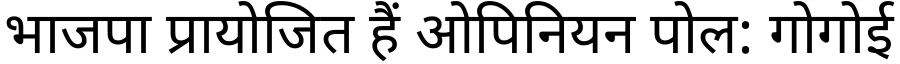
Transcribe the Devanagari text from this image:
भाजपा प्रायोजित हैं ओपिनियन पोल: गोगोई